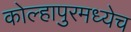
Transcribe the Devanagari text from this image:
कोल्हापुरमध्येच